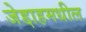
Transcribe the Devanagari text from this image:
जेद्दाहमधील